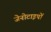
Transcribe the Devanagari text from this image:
जेनोटाइपों